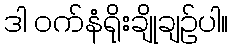
ဒါ ဝက်နံရိုးချိုချဉ်ပါ။